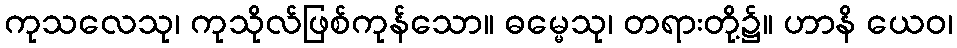
ကုသလေသု၊ ကုသိုလ်ဖြစ်ကုန်သော။ ဓမ္မေသု၊ တရားတို့၌။ ဟာနိ ယေဝ၊